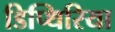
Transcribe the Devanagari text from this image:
डिप्थिरिया